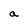
Character: a